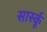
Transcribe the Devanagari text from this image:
सार्स्कू